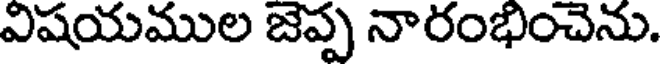
విషయముల జెప్ప నారంభించెను.